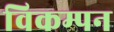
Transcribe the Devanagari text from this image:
विकम्पन